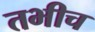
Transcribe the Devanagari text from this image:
तभीच